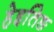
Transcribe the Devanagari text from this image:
हेइतिङ